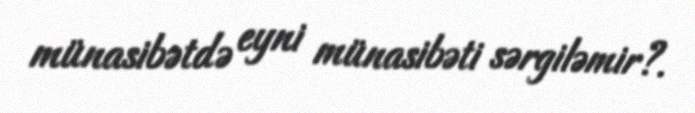
münasibətdə eyni münasibəti sərgiləmir?.